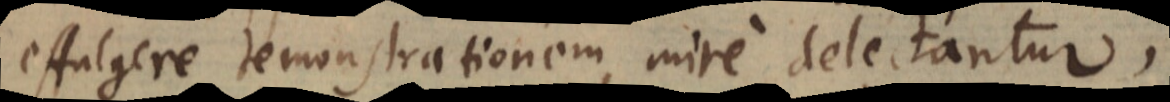
effulgere demonstrationem, mire delectantur,